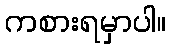
ကစားရမှာပါ။